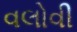
વલોવી